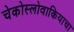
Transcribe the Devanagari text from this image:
चेकोस्लोवाकियाचा